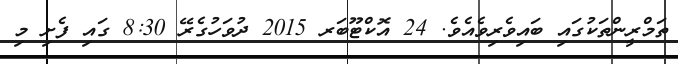
ތަމްރީންތަކުގައި ބައިވެރިވެއެވެ. 24 އޮކްޓޫބަރ 2015 ދުވަހުގެރޭ 8:30 ގައި ފެށި މި